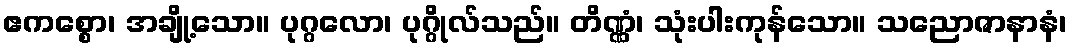
ဧကစ္စော၊ အချို့သော။ ပုဂ္ဂလော၊ ပုဂ္ဂိုလ်သည်။ တိဏ္ဏံ၊ သုံးပါးကုန်သော။ သညောဇာနာနံ၊